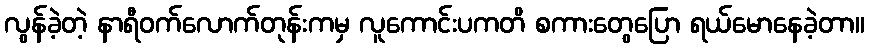
လွန်ခဲ့တဲ့ နာရီဝက်လောက်တုန်းကမှ လူကောင်းပကတိ စကားတွေပြော ရယ်မောနေခဲ့တာ။